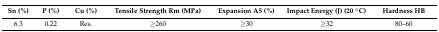
| Sn (%) | P (%) | Cu (%) | Tensile Strength Rm (MPa) | Expansion A5 (%) | Impact Energy (J) (20 °C) | Hardness HB |
 | --- | --- | --- | --- | --- | --- | --- |
 | 6.3 | 0.22 | Res. | ≥260 | ≥30 | ≥32 | 80–60 |